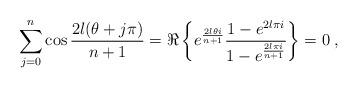
LaTeX: \begin{align*} \sum_{j=0}^{n} \cos{2 l(\theta+j\pi) \over n+1}=\Re \left \{ e^{2l\theta i\over n+1}{1-e^{2l\pi i} \over 1- e^{2l\pi i\over n+1}} \right \}=0\;,\end{align*}